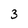
Character: 3